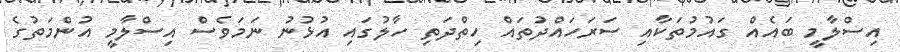
އިސްލާމީ ބައެއް ގައުމުތަކާއި ސަރަހައްދުތައް ހިތްދަތި ހާލުގައި އުޅުނު ނަމަވެސް އިސްލާމީ އުންމަތުގެ